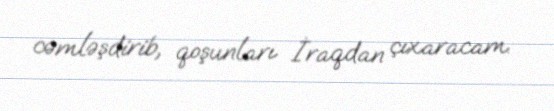
cəmləşdirib, qoşunları İraqdan çıxaracam.